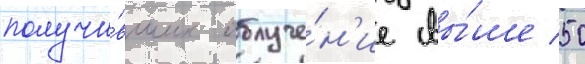
получи́вших облуче́н'ие свы́ше 50